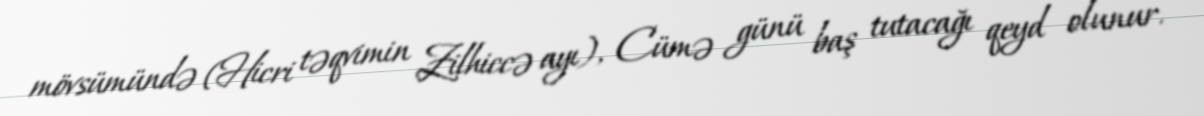
mövsümündə (Hicri təqvimin Zilhiccə ayı), Cümə günü baş tutacağı qeyd olunur.